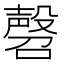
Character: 㲈